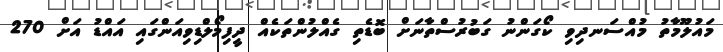
މައުލޫމާތު މުއްސަނދިވި ކޯގަންނު ގަބުރުސްތާނަށް ބޮޑެތި ގެއްލުންތަކެއް ދީފިމޯލްޑިވިއަންގައި އައްޑު އަށް 270